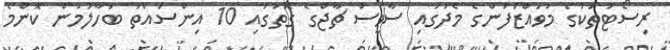
ރިސޯޓުތަކުގެ މުވައްޒަފުންގެ މެދުގައި ސާވީސް ޗާޖްގެ ގޮތުގައި 10 އިންސައްތަ ބަހާލުމުން ކޮންމެ